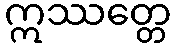
ဣဿတ္တေ